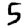
Digit: 5